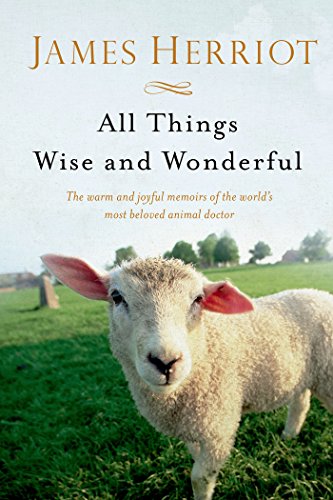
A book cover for All Things Wise and Wonderful (All Creatures Great and Small); James Herriot; Crafts, Hobbies & Home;